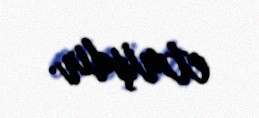
etmişdir.